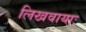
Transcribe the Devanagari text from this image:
लिखवायाः